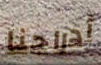
أدراجنا